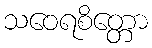
သဝေရစိတ္တော